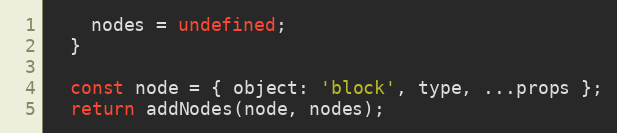
Language: JavaScript
    nodes = undefined;
  }

  const node = { object: 'block', type, ...props };
  return addNodes(node, nodes);